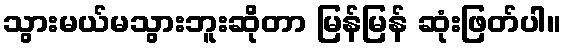
သွားမယ်မသွားဘူးဆိုတာ မြန်မြန် ဆုံးဖြတ်ပါ။